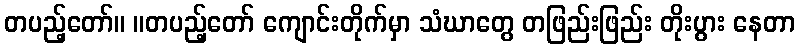
တပည့်တော်။ ။တပည့်တော် ကျောင်းတိုက်မှာ သံဃာတွေ တဖြည်းဖြည်း တိုးပွား နေတာ